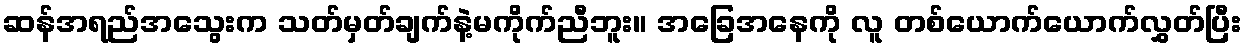
ဆန်အရည်အသွေးက သတ်မှတ်ချက်နဲ့မကိုက်ညီဘူး။ အခြေအနေကို လူ တစ်ယောက်ယောက်လွှတ်ပြီး